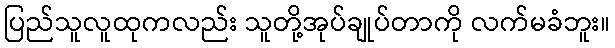
ပြည်သူလူထုကလည်း သူတို့အုပ်ချုပ်တာကို လက်မခံဘူး။